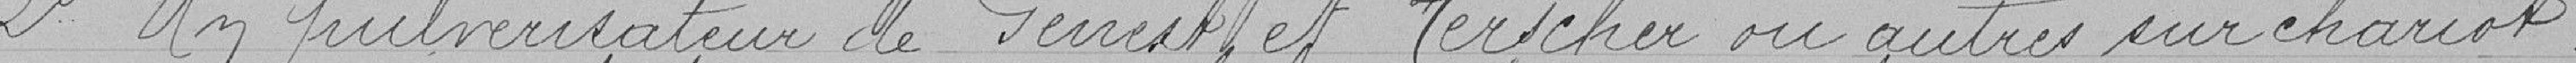
Un pulvérisateur de   et   ou autres sur chariot